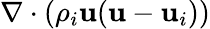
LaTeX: \nabla\cdot(\rho_{i}\textbf{u}(\textbf{u}-\textbf{u}_{i}))